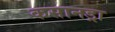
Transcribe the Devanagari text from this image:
कसानड्रा